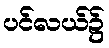
ပင်လယ်၌